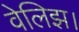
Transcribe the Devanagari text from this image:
वेलिझ।